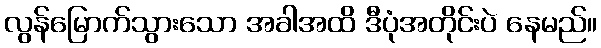
လွန်မြောက်သွားသော အခါအထိ ဒီပုံအတိုင်းပဲ နေမည်။